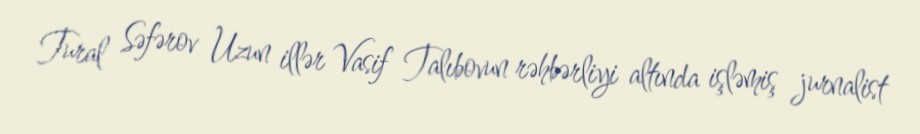
Tural Səfərov Uzun illər Vasif Talıbovun rəhbərliyi altında işləmiş jurnalist